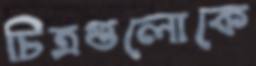
চিত্রগুলোকে